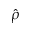
\hat { \rho }